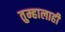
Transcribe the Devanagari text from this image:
तुम्हालाही